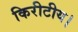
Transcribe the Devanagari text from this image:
किरीटीय।